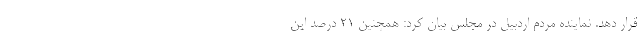
قرار ‌دهد. نماینده مردم اردبیل در مجلس بیان کرد: همچنین ۲۱ درصد این